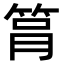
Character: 𥭞